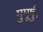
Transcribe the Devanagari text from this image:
मुमूर्षु।